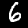
Label: 6